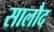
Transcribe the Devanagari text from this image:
सालौद